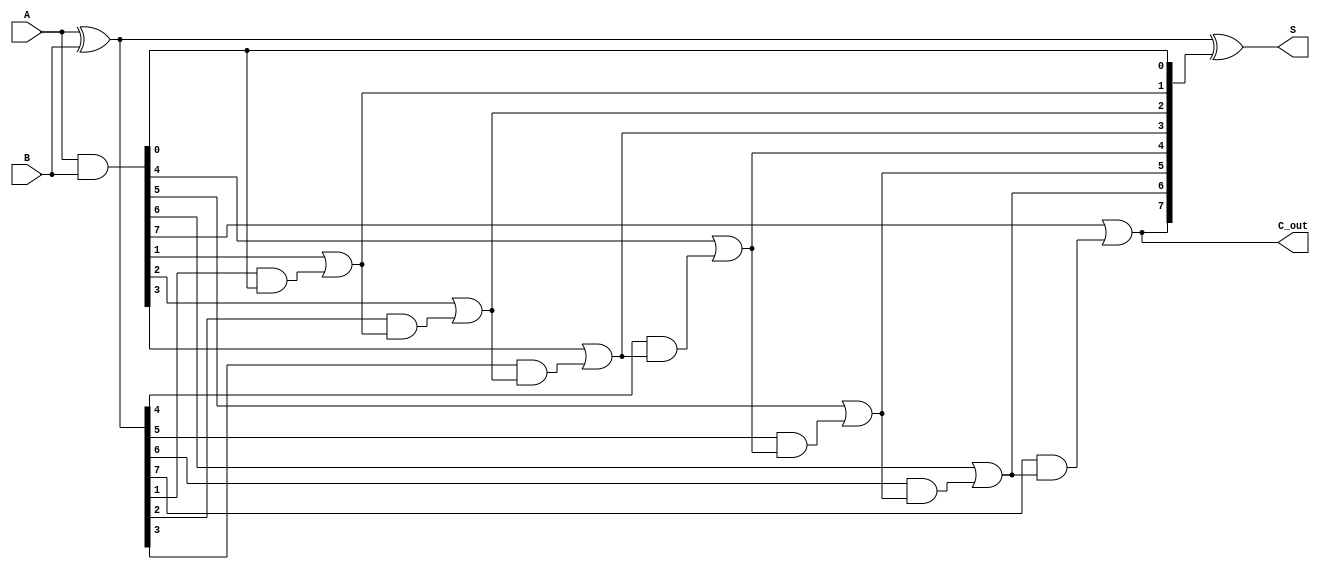
module brent_kung_adder #(
    parameter N = 8 // Bit-width of the adder
) (
    input [N-1:0] A,  // First operand
    input [N-1:0] B,  // Second operand
    output [N-1:0] S, // Sum output
    output C_out      // Final carry output
);
    wire [N-1:0] P; // Propagate signals
    wire [N-1:0] G; // Generate signals
    wire [N:0] C;   // Carry signals

    // Preprocessing stage
    assign P = A ^ B; // Propagate signal
    assign G = A & B; // Generate signal

    // Carry generation using Brent-Kung tree
    assign C[0] = 1'b0; // No carry-in at the LSB position
    assign C[1] = G[0]; // C[1] is G[0]

    // Stage 1
    genvar i;
    generate
        for (i = 1; i < N; i = i + 1) begin: stage1
            assign C[i + 1] = G[i] | (P[i] & C[i]);
        end
    endgenerate

    // Final carry-out
    assign C_out = C[N];

    // Sum calculation
    assign S = P ^ C[N:1];

endmodule